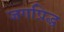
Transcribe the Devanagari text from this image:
जगप्रिद्ध